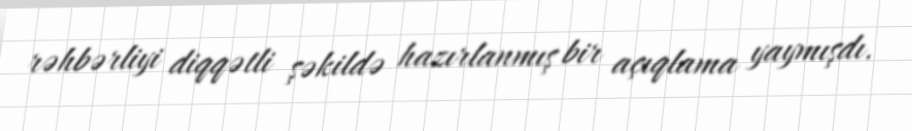
rəhbərliyi diqqətli şəkildə hazırlanmış bir açıqlama yaymışdı.